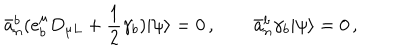
\bar { a } _ { n } ^ { b } ( e _ { b } ^ { \mu } D _ { \mu L } + \frac { 1 } { 2 } \gamma _ { b } ) | \psi \rangle = 0 \, , \qquad \bar { a } _ { n } ^ { b } \gamma _ { b } | \psi \rangle = 0 \, ,